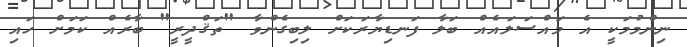
ނިންމުމަކީ އެ މައްސަލައެއް ބަލާ ފަނޑިޔާރަކަށް ލިބިގެންވާ "ތަޤްދީރީ" ބާރެއް ކަމަށް ހައި